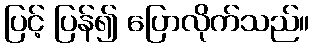
ပြင့် ပြန်၍ ပြောလိုက်သည်။